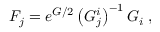
F _ { j } = e ^ { G / 2 } \left( G _ { j } ^ { i } \right) ^ { - 1 } G _ { i } \; ,